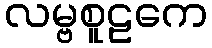
လမ္ဗစူဠကေ